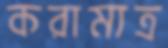
করামাত্র